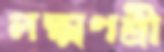
লক্ষ্মণশ্রী